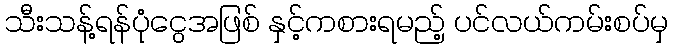
သီးသန့်ရန်ပုံငွေအဖြစ် နှင့်ကစားရမည့် ပင်လယ်ကမ်းစပ်မှ